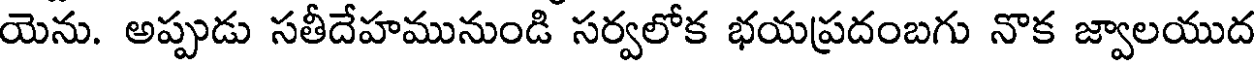
యెను. అప్పుడు సతీదేహమునుండి సర్వలోక భయప్రదంబగు నొక జ్వాలయుద